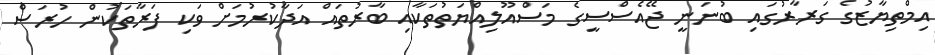
އިމްތިޔާޒުގެ ގަރާރުގައި ބުނަނީ ޖޭއެސްސީގެ މަސްއޫލިއްޔަތުތަކާއި ބާރުތައް އަދާކުރުމަށް ވަކި ފަރާތަކުން ހުރަސް